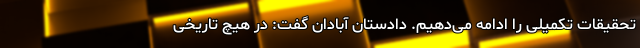
تحقیقات تکمیلی را ادامه می‌دهیم. دادستان آبادان گفت: در هیچ تاریخی